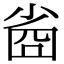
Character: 𡮀